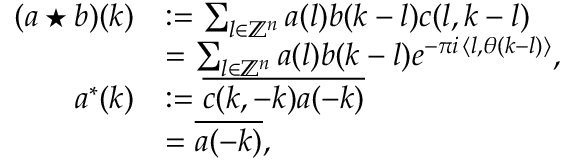
\begin{array} { r l } { ( a \star b ) ( k ) } & { : = \sum _ { l \in \mathbb { Z } ^ { n } } a ( l ) b ( k - l ) c ( l , k - l ) } \\ & { = \sum _ { l \in \mathbb { Z } ^ { n } } a ( l ) b ( k - l ) e ^ { - \pi i \, \langle l , \theta ( k - l ) \rangle } , } \\ { a ^ { * } ( k ) } & { : = \overline { { c ( k , - k ) a ( - k ) } } } \\ & { = \overline { { a ( - k ) } } , } \end{array}